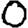
Digit: 0